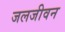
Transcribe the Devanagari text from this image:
जलजीवन